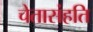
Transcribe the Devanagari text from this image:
चेतासंहति